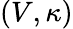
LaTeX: (V,\kappa)